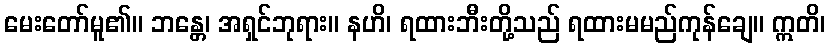
မေးတော်မူ၏။ ဘန္တေ၊ အရှင်ဘုရား။ နဟိ၊ ရထားဘီးတို့သည် ရထားမမည်ကုန်ချေ။ ဣတိ၊